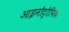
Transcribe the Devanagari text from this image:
आइनोट्रोपिक